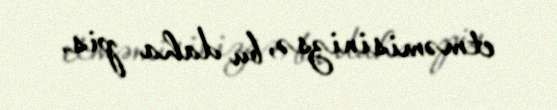
etməmisinizsə, bu daha pis.